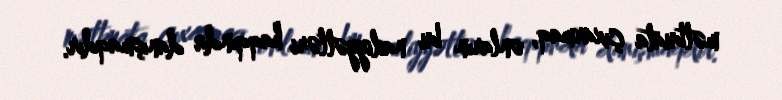
mətbuata çıxarmaq, onların bu nailiyyətləri haqqında danışmaqdır.